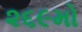
૨૬૯મો